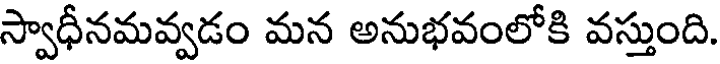
స్వాధీనమవ్వడం మన అనుభవంలోకి వస్తుంది.